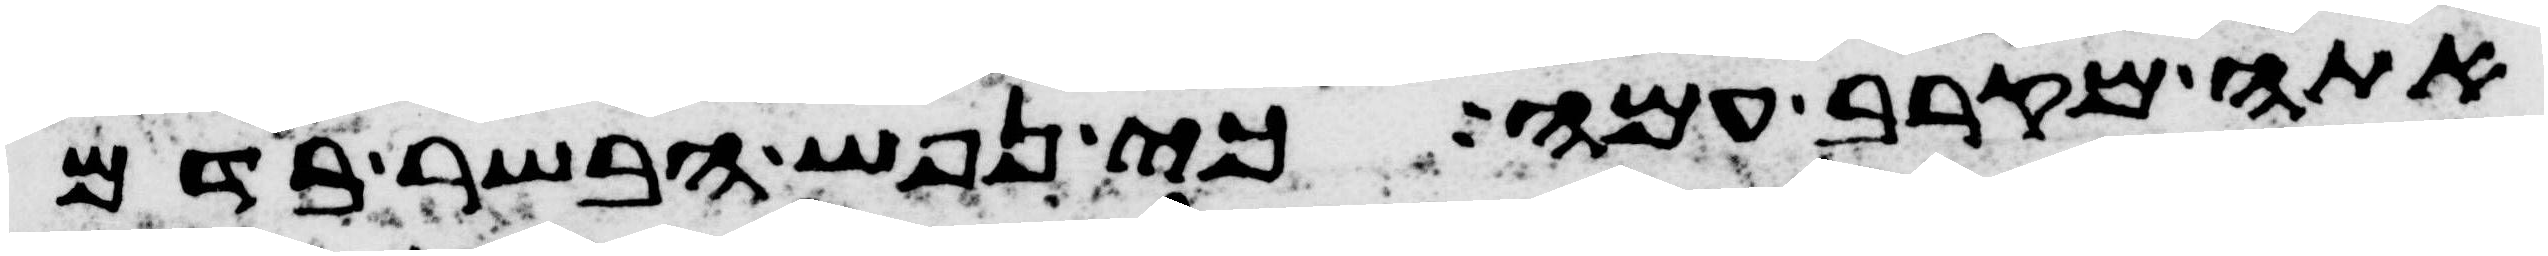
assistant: אתה מקרב עמה כי נפש הבשר בדם